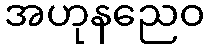
အဟုနညေဝ